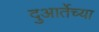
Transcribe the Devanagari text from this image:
दुआर्तेच्या